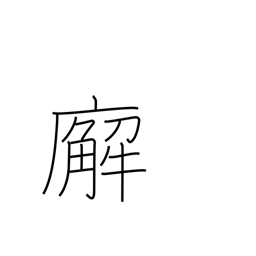
Meaning: government office